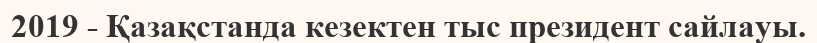
2019 - Қазақстанда кезектен тыс президент сайлауы.